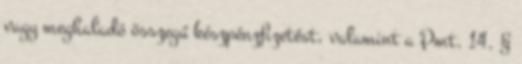
vagy meghaladó összegű készpénzfizetést, valamint a Pmt. 14. §